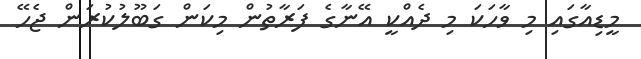
މީޑިއާގައި މި ވާހަކަ މި ދެއްކީ އޭނާގެ ފަރާތުން މިކަން ގަބޫލުކުރަން ޖެހޭ